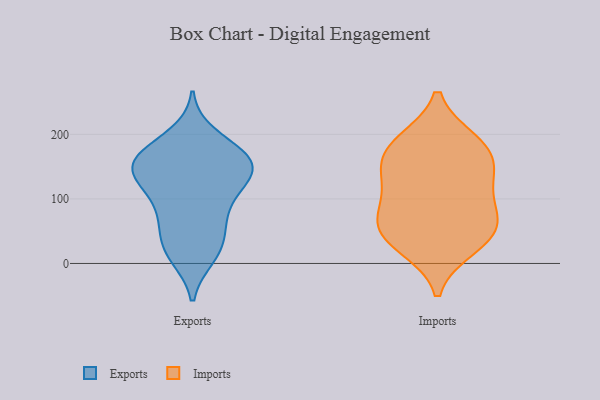
{"axis": {"x": "Operating Costs (USD K)", "y": "Value"}, "legend": ["Exports", "Imports"], "data": [{"x": "", "y": 72, "type": "Exports"}, {"x": "", "y": 161, "type": "Exports"}, {"x": "", "y": 28, "type": "Exports"}, {"x": "", "y": 156, "type": "Exports"}, {"x": "", "y": 79, "type": "Exports"}, {"x": "", "y": 151, "type": "Exports"}, {"x": "", "y": 121, "type": "Exports"}, {"x": "", "y": 166, "type": "Exports"}, {"x": "", "y": 121, "type": "Exports"}, {"x": "", "y": 104, "type": "Exports"}, {"x": "", "y": 141, "type": "Exports"}, {"x": "", "y": 11, "type": "Exports"}, {"x": "", "y": 33, "type": "Exports"}, {"x": "", "y": 151, "type": "Exports"}, {"x": "", "y": 163, "type": "Exports"}, {"x": "", "y": 182, "type": "Exports"}, {"x": "", "y": 62, "type": "Exports"}, {"x": "", "y": 13, "type": "Exports"}, {"x": "", "y": 136, "type": "Exports"}, {"x": "", "y": 198, "type": "Exports"}, {"x": "", "y": 181, "type": "Imports"}, {"x": "", "y": 53, "type": "Imports"}, {"x": "", "y": 26, "type": "Imports"}, {"x": "", "y": 81, "type": "Imports"}, {"x": "", "y": 189, "type": "Imports"}, {"x": "", "y": 125, "type": "Imports"}, {"x": "", "y": 53, "type": "Imports"}, {"x": "", "y": 179, "type": "Imports"}, {"x": "", "y": 38, "type": "Imports"}, {"x": "", "y": 84, "type": "Imports"}, {"x": "", "y": 136, "type": "Imports"}, {"x": "", "y": 149, "type": "Imports"}]}